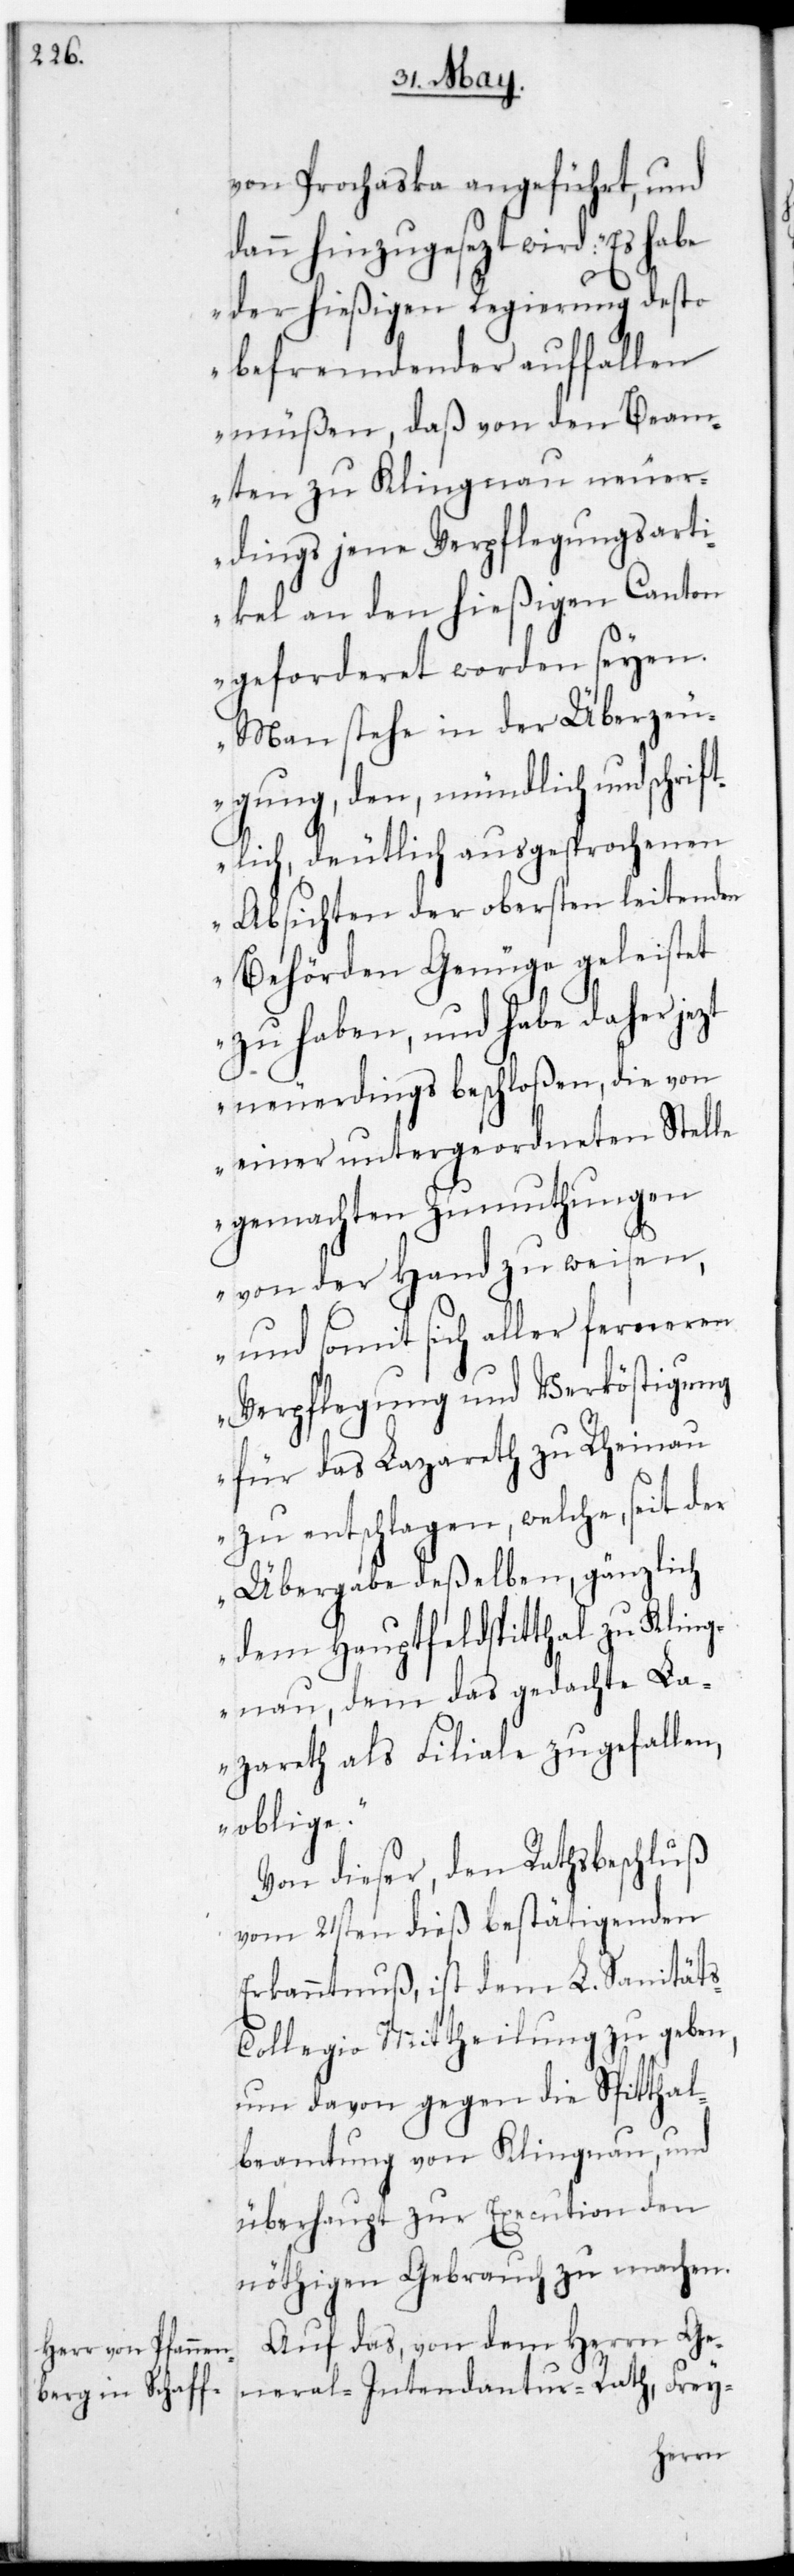
von Prochaska angeführt, und
neral-Intendantur-Rath
der hießigen Regierung desto
befremdender auffallen
müßen, daß von den Beam¬
ten zu Klingnau neuer¬
dings jene Verpflegungs-Arti¬
kel an den hießigen Canton
geforderet worden seyen.
Man stehe in der Überzeu¬
gung, den mündlich und schrif¬
tlich, deutlich ausgesprochenen
Absichten der obersten leitenden
Behörden Genüge geleistet
zu haben, und habe daher jetzt
neuerdings beschloßen, die von
einer untergeordneten Stelle
gemachten Zumuthungen
von der Hand zu weisen,
und somit sich aller ferneren
Verpflegung und Verköstigung
für das Lazareth zu Rheinau
zu entschlagen, welche seit der
Übergabe deßelben, gänzlich
dem Hauptfeldspitthal zu Kling¬
nau, dem das gedachte La¬
zareth als Filiale zugefallen,
obliege.“
Von dieser, den Rathsbeschluß
vom 21sten dieß besthätigenden
Erkanntnuß, ist dem L. Sanität¬
s-Collegio Mittheilung zu geben,
um davon gegen die Spitthal¬
beamtung von Klingnau und
überhaupt zur Execution den
nöthigen Gebrauch zu machen.
Auf das, von dem Herrn Ge¬